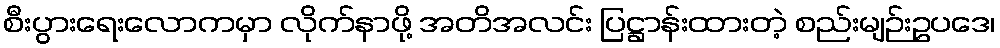
စီးပွားရေးလောကမှာ လိုက်နာဖို့ အတိအလင်း ပြဋ္ဌာန်းထားတဲ့ စည်းမျဉ်းဥပဒေ၊